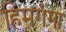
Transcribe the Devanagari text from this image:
हिमगंगा